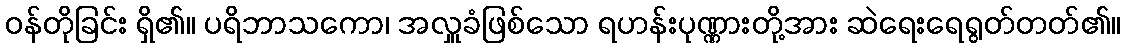
ဝန်တိုခြင်း ရှိ၏။ ပရိဘာသကော၊ အလှူခံဖြစ်သော ရဟန်းပုဏ္ဏားတို့အား ဆဲရေးရေရွတ်တတ်၏။